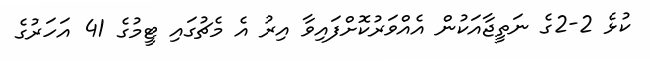
ކުޅެ 2-2ގެ ނަތީޖާއަކުން އެއްވަރުކޮށްފައިވާ އިރު އެ މެޗުގައި ޓީމުގެ 41 އަހަރުގެ